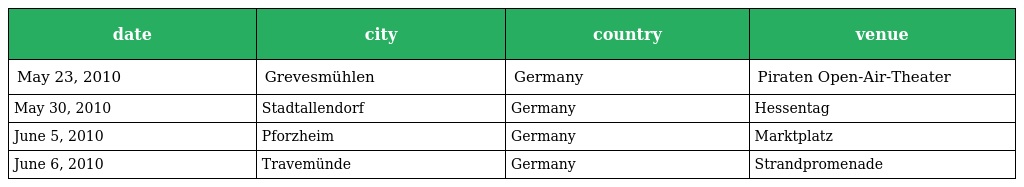
| date | city | country | venue |
 | --- | --- | --- | --- |
 | May 23, 2010 | Grevesmühlen | Germany | Piraten Open-Air-Theater |
 | May 30, 2010 | Stadtallendorf | Germany | Hessentag |
 | June 5, 2010 | Pforzheim | Germany | Marktplatz |
 | June 6, 2010 | Travemünde | Germany | Strandpromenade |